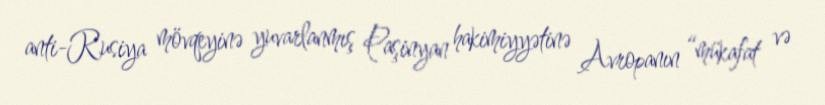
anti-Rusiya mövqeyinə yuvarlanmış Paşinyan hakimiyyətinə Avropanın “mükafat və